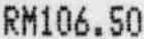
RM106.50